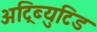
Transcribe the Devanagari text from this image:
अट्रिब्युटिड